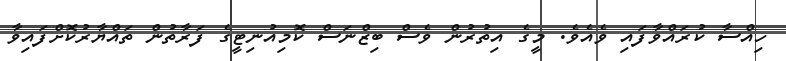
ހިއްސާ ކުރައްވާފައި ވެއެވެ. މީގެ އިތުރުން ވެސް ބިޒްނަސް ކޮމިއުނިޓީގެ ފަރާތުން ތައްޔާރުކޮށްފައިވާ